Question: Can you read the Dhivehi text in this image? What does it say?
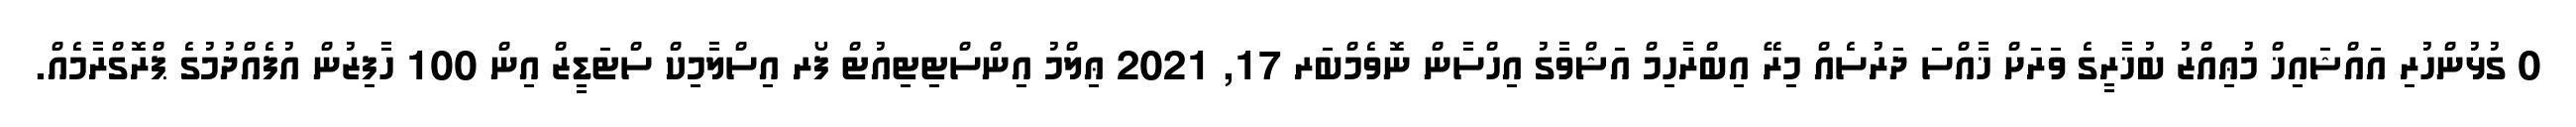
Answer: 0 ގުޅުންހުރި އައްޝައިޚް މުޢިއްޒު ބުޚާރީގެ ވަރަށް ޚާއްސަ ދަރުސެއް މިރޭ އިބްރާހިމް އަޝްވާގު އިހްސާން ނޮވެމްބަރ 17, 2021 ޢިލްމު އިންސްޓިޓިއުޓް ފޯރ އިސްލާމިކް ސްޓަޑީޒް އިން 100 ހާފިޒުން އުފެއްދުމުގެ ޕްރޮގްރާމެއް.